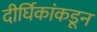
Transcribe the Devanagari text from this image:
दीर्घिकांकडून